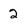
Character: 2